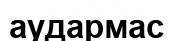
аудармас